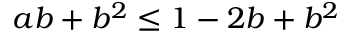
a b + b ^ { 2 } \leq 1 - 2 b + b ^ { 2 }